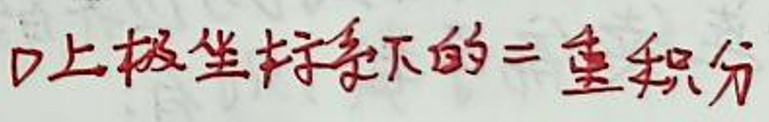
口上极坐标下的=重积分